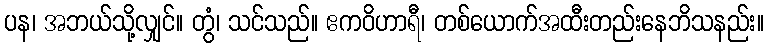
ပန၊ အဘယ်သို့လျှင်။ တွံ၊ သင်သည်။ ဧကဝိဟာရီ၊ တစ်ယောက်အထီးတည်းနေဘိသနည်း။